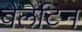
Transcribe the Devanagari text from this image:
बैलेटिन